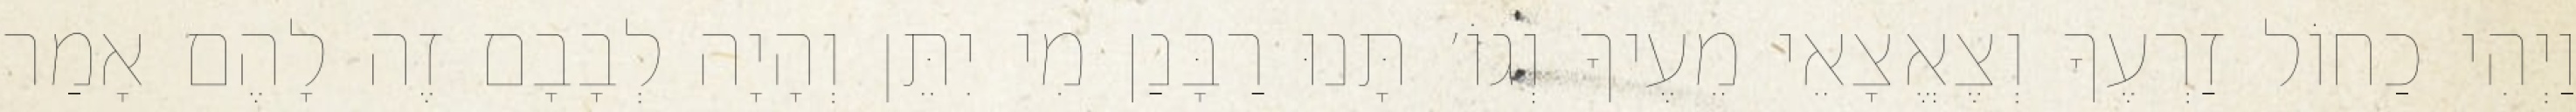
וַיְהִי כַחוֹל זַרְעֶךָ וְצֶאֱצָאֵי מֵעֶיךָ וְגוֹ׳ תָּנוּ רַבָּנַן מִי יִתֵּן וְהָיָה לְבָבָם זֶה לָהֶם אָמַר